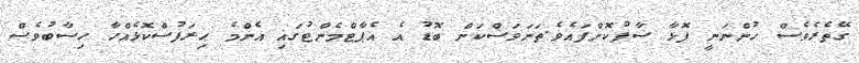
ގޭތެރެވެސް ހުންނަނީ ފޮޅާ ސާފުކޮށްފައެވެ.ތަނަަވަސްކަން ބޮޑު އެ އެޕާޓްމެންޓުގަައި އެންމެ ހިރަފުސްކޮޅެއްހާ ހިސާބުވެސް